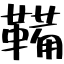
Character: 鞴